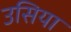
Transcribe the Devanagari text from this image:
उसिया